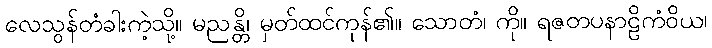
လေသွန်တံခါးကဲ့သို့။ မညန္တိ၊ မှတ်ထင်ကုန်၏။ သောတံ၊ ကို။ ရဇတပနာဠိကံဝိယ၊